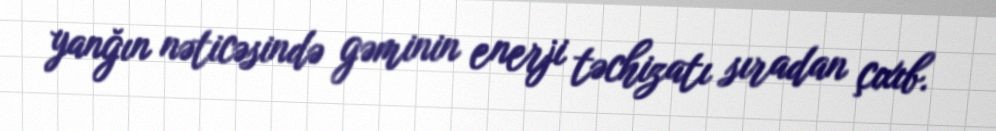
yanğın nəticəsində gəminin enerji təchizatı sıradan çıxıb.